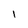
Character: l